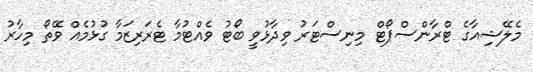
މެލޭޝިއާގެ ޓްރާންސްޕޯޓް މިނިސްޓަރު ވިދާޅުވީ ބޯޓު ވެއްޓުމާ ޓެރަރިޒަމާ ގުޅުމެއް ވޭތޯ މިހާރު